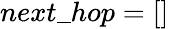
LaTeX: next\textunderscore hop=[]